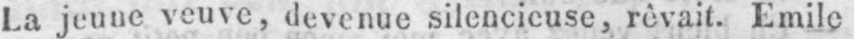
La jeune veuve, devenue silencieuse, rêvait. Emile